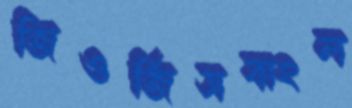
জিওর্জিসবাংল